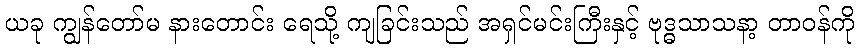
ယခု ကျွန်တော်မ နားတောင်း ရေသို့ ကျခြင်းသည် အရှင်မင်းကြီးနှင့် ဗုဒ္ဓသာသနာ့ တာဝန်ကို